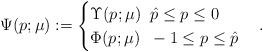
LaTeX: \begin{align*}\Psi(p;\mu):=\begin{cases} \Upsilon(p;\mu)\; \; \hat{p}\leq p \leq 0\\ \Phi(p;\mu)\; \; -1 \leq p \leq \hat{p}\\\end{cases}.\end{align*}